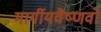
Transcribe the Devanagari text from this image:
मार्गीयवैष्णवों